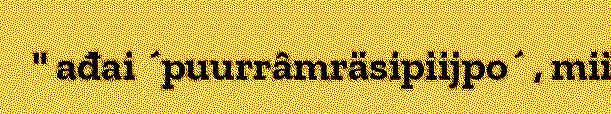
" ađai ´puurrâmräsipiijpo´ , mii